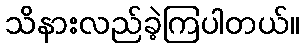
သိနားလည်ခဲ့ကြပါတယ်။